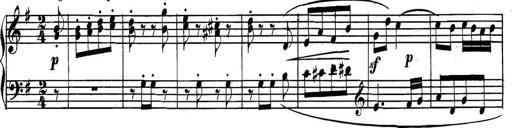
Title: Collected Piano Sonatas
Composer: Muzio Clementi